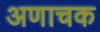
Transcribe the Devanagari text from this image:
अणाचक